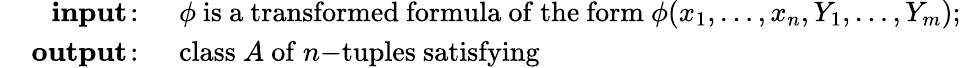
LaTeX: \begin{array}{rl}{\mathbf{input}\! :\; \, }&{{}\phi{\mathrm{~is~a~transformed~formula~of~the~form~}}\phi(x_{1},\ldots,x_{n},Y_{1},\ldots,Y_{m});}\\ {\; \; \; \; \mathbf{output}\! :\; \, }&{{}{\mathrm{class~}}A{\mathrm{~of~}}n{\mathrm{-tuples~satisfying~}}}\end{array}